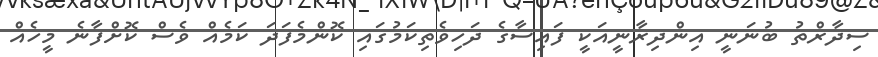
ސިދާރްތު ބުނަނީ އިންދިރާނީއަކީ ފައިސާގެ ދަހިވެތިކަމުގައި ކޮންމެފަދަ ކަމެއް ވެސް ކޮށްފާނެ މީހެއް